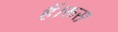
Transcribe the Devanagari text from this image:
हैं।रूस